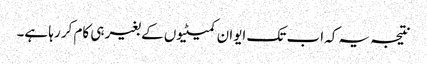
نتیجہ یہ کہ اب تک ایوان کمیٹیوں کے بغیر ہی کام کر رہا ہے۔